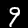
Digit: 9